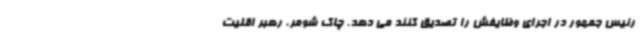
رئیس جمهور در اجرای وظایفش را تصدیق کنند می دهد. چاک شومر، رهبر اقلیت